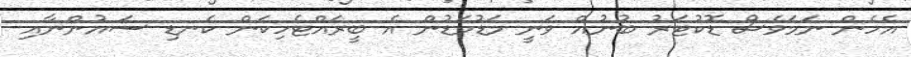
އެހެން ނަމަވެސް ޑޮކުޓަރު ބުނުއް ވަނީ މަޑުމަޑުން އެ ބީރައްޓެހިކަން ކެނޑި ސައުންނާއި